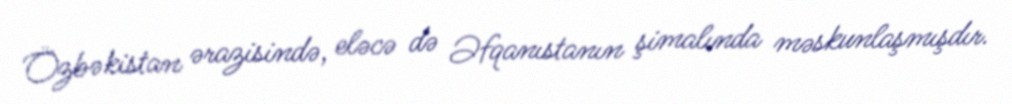
Özbəkistan ərazisində, eləcə də Əfqanıstanın şimalında məskunlaşmışdır.